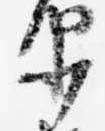
少